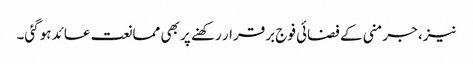
نیز، جرمنی کے فضائی فوج برقرار رکھنے پر بھی ممانعت عائد ہوگئی۔